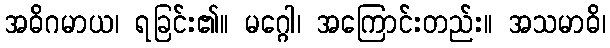
အဓိဂမာယ၊ ရခြင်း၏။ မဂ္ဂေါ၊ အကြောင်းတည်း။ အသမာဓိ၊